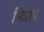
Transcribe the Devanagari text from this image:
भिन्नार्थ